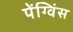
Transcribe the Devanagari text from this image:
पेंग्विंस